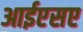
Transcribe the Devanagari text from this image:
आईएसए